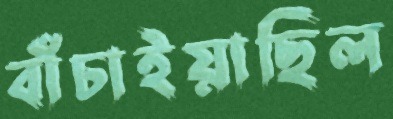
বাঁচাইয়াছিল